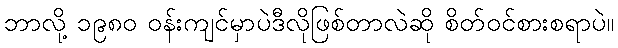
ဘာလို့ ၁၉၈၀ ဝန်းကျင်မှာပဲဒီလိုဖြစ်တာလဲဆို စိတ်ဝင်စားစရာပဲ။